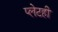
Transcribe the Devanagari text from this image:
प्लेटही